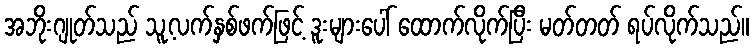
အဘိုးဂျုတ်သည် သူ့လက်နှစ်ဖက်ဖြင့် ဒူးများပေါ် ထောက်လိုက်ပြီး မတ်တတ် ရပ်လိုက်သည်။